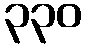
၃၃၀